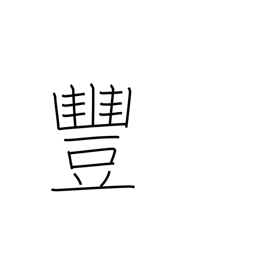
Meaning: bountiful